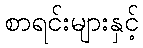
စာရင်းများနှင့်